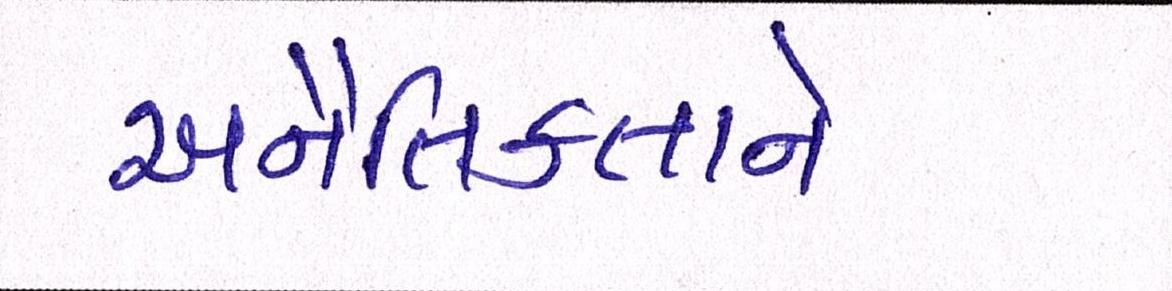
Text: અનૈતિકતાને